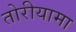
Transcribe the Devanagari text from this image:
तोरीयामा